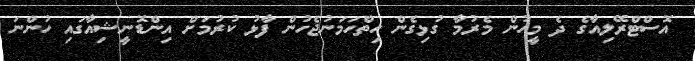
އޮސްޓްރޭލިއާގެ ދެ މީހުން މެރުމާ ގުޅިގެން ހިތްހަމަނުޖެހުން ފާޅު ކުރުމަށް އިންޑޮނީޝިއާގައި ހުންނަ